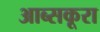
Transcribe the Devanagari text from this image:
आब्सकूरा